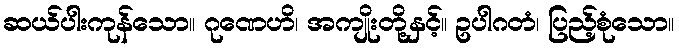
ဆယ်ပါးကုန်သော။ ဂုဏေဟိ၊ အကျိုးတို့နှင့်။ ဥပါဂတံ၊ ပြည့်စုံသော။